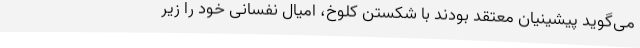
می‌گوید پیشینیان معتقد بودند با شکستن کلوخ، امیال نفسانی خود را زیر